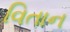
વિતાન